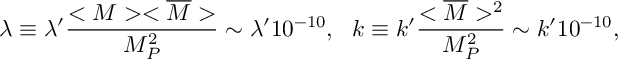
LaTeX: \lambda \equiv \lambda ^ { \prime } \frac { < M > < \overline { { { M } } } > } { M _ { P } ^ { 2 } } \sim \lambda ^ { \prime } 1 0 ^ { - 1 0 } , \ \ k \equiv k ^ { \prime } \frac { < \overline { { { M } } } > ^ { 2 } } { M _ { P } ^ { 2 } } \sim k ^ { \prime } 1 0 ^ { - 1 0 } ,